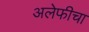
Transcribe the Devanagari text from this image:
अलेफीचा